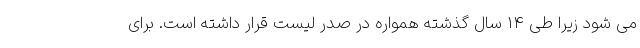
می شود زیرا طی 14 سال گذشته همواره در صدر لیست قرار داشته است. برای